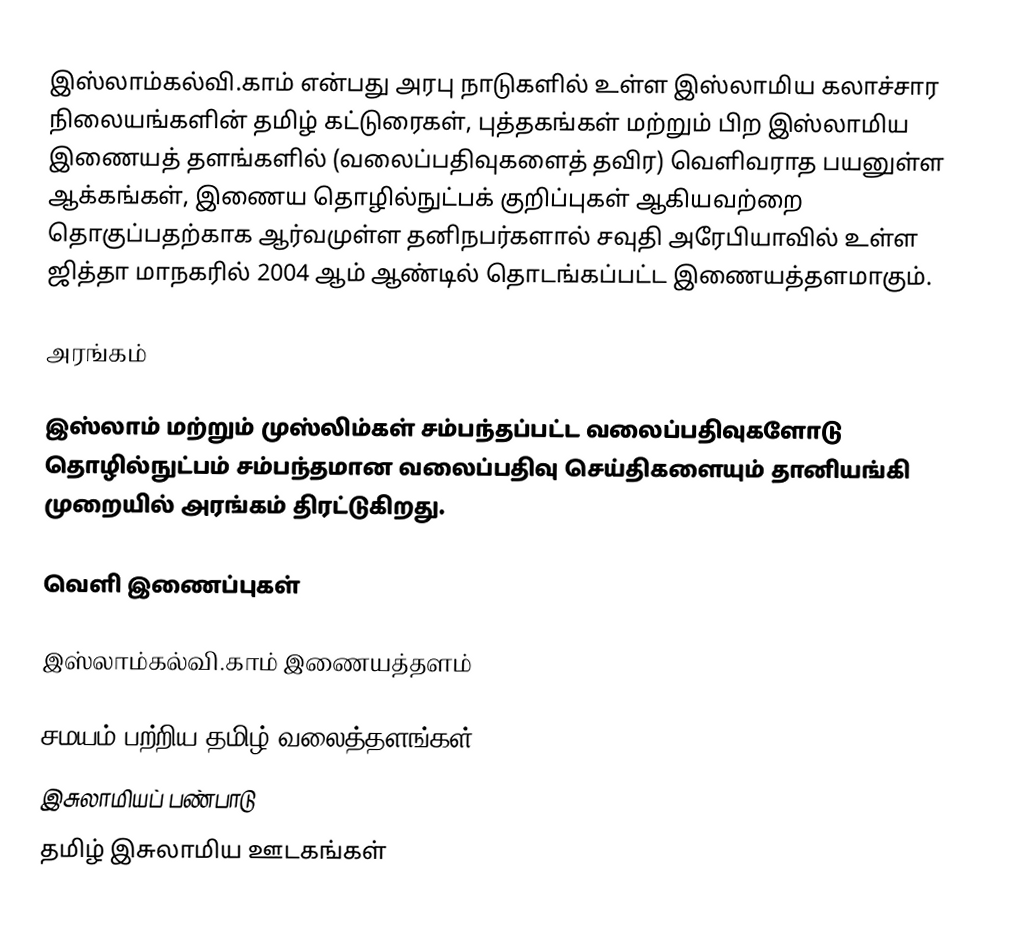
இஸ்லாம்கல்வி.காம் என்பது அரபு நாடுகளில் உள்ள இஸ்லாமிய கலாச்சார நிலையங்களின் தமிழ் கட்டுரைகள், புத்தகங்கள் மற்றும் பிற இஸ்லாமிய இணையத் தளங்களில் (வலைப்பதிவுகளைத் தவிர) வெளிவராத பயனுள்ள ஆக்கங்கள், இணைய தொழில்நுட்பக் குறிப்புகள் ஆகியவற்றை தொகுப்பதற்காக ஆர்வமுள்ள தனிநபர்களால் சவுதி அரேபியாவில் உள்ள ஜித்தா மாநகரில் 2004 ஆம் ஆண்டில் தொடங்கப்பட்ட இணையத்தளமாகும்.

அரங்கம்

இஸ்லாம் மற்றும் முஸ்லிம்கள் சம்பந்தப்பட்ட வலைப்பதிவுகளோடு தொழில்நுட்பம் சம்பந்தமான வலைப்பதிவு செய்திகளையும் தானியங்கி முறையில் அரங்கம்  திரட்டுகிறது.

வெளி இணைப்புகள்

இஸ்லாம்கல்வி.காம் இணையத்தளம்

சமயம் பற்றிய தமிழ் வலைத்தளங்கள்
இசுலாமியப் பண்பாடு
தமிழ் இசுலாமிய ஊடகங்கள்